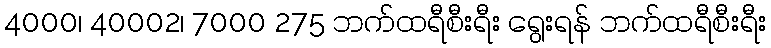
4000၊ 40002၊ 7000 275 ဘက်ထရီစီးရီး ရွေးရန် ဘက်ထရီစီးရီး